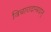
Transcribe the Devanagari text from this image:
विचारादान्प्रदान्